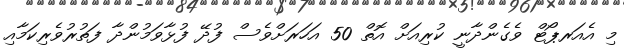
މި އެއަރޕޯޓް ވެގެންދާނީ ކުރިއަށް އޮތް 50 އަހަރަށްވެސް ފުދޭ ފުޅާވަމުންދާ ފަތުރުވެރިކަމާއި